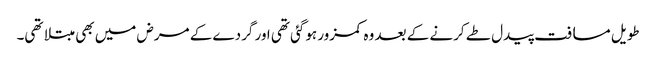
طویل مسافت پیدل طے کرنے کے بعد وہ کمزور ہوگئی تھی اور گردے کے مرض میں بھی مبتلا تھی۔